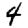
Digit: 4